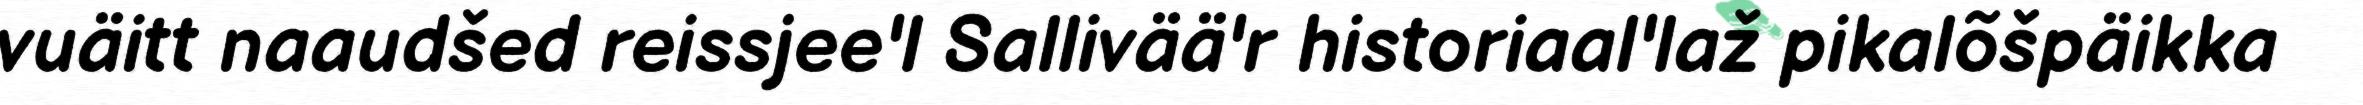
vuäitt naaudšed reissjee'l Sallivää'r historiaal'laž pikalõšpäikka